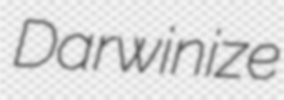
Darwinize